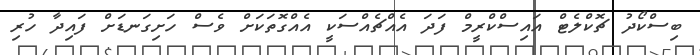
ބިސްކޯދު ޗޮކްލެޓް އައިސްކްރީމް ފަދަ އެއްޗެއްސަކީ އެއްގޮތަކަށް ވެސް ހަށިގަނޑަށް ފައިދާ ހުރި